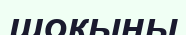
шоқыны